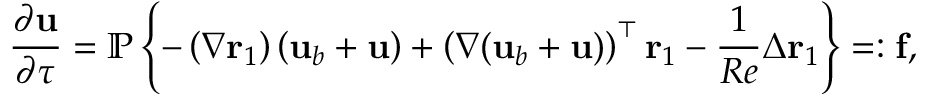
\frac { \partial \mathbf { u } } { \partial \tau } = \mathbb { P } \left\{ - \left( \nabla \mathbf { r } _ { 1 } \right) \left( \mathbf { u } _ { b } + \mathbf { u } \right) + \left( \nabla ( \mathbf { u } _ { b } + \mathbf { u } ) \right) ^ { \top } \mathbf { r } _ { 1 } - \frac { 1 } { R e } \Delta \mathbf { r } _ { 1 } \right\} = : \mathbf { f } ,